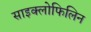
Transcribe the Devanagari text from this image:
साइक्लोफिलिन